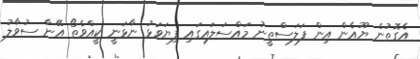
އެގޮތުން ޔޫއެން އިން ފަލަސްތީނު މައްސަލައިގައި ފިޔަވަޅު ނާޅަނީ ކީއްވެތޯ އޭނާ ސުވާލު